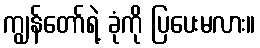
ကျွန်တော်ရဲ့ ခုံကို ပြပေးမလား။